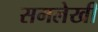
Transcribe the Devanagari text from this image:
समलेखी